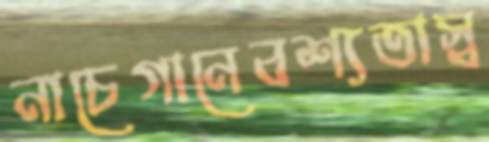
নাচেগানেবশ্যতাস্ব